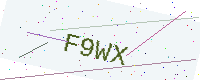
Text: F9WX